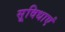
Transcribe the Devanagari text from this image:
सूविधाएं